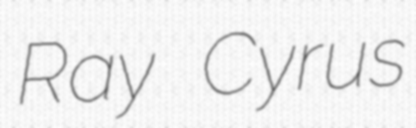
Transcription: Ray Cyrus